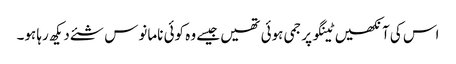
اس کی آنکھیں ٹینگو پر جمی ہوئی تھیں جیسے وہ کوئی نامانوس شئے دیکھ رہا ہو۔